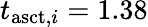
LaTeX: t_{\mathrm{asct},i}=1.38